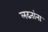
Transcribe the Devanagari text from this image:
लढतांना